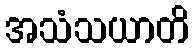
အသံသယာတိ